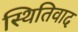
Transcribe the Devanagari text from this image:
स्थितिवाद